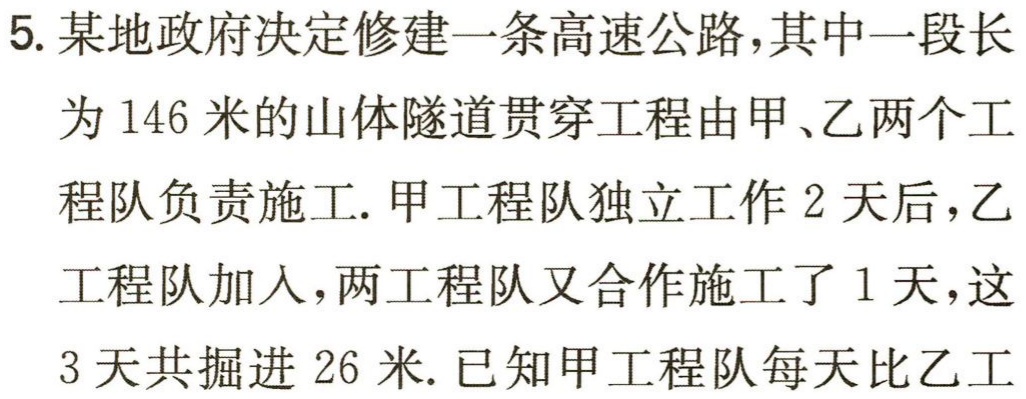
5. 某地政府决定修建一条高速公路，其中一段长
为 146 米的山体隧道贯穿工程由甲、乙两个工
程队负责施工. 甲工程队独立工作 2 天后，乙
工程队加入，两工程队又合作施工了 1 天，这
3 天共掘进 26 米. 已知甲工程队每天比乙工